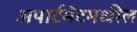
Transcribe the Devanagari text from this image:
अपार्टमेंटमधील